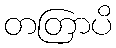
တတြာပိ